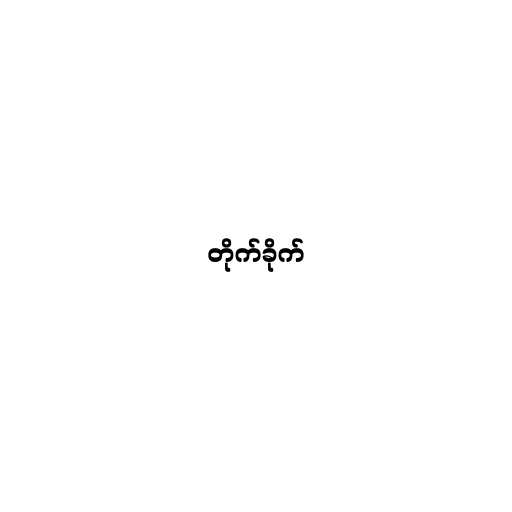
တိုက်ခိုက်